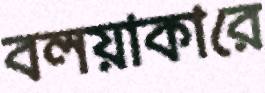
বলয়াকারে